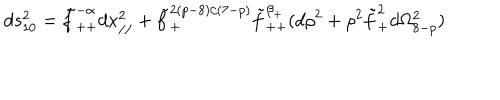
d s _ { 1 0 } ^ { 2 } = \tilde { f } _ { + + } ^ { - \alpha } d x _ { / / } ^ { 2 } + \tilde { f } _ { + } ^ { 2 ( p - 8 ) / ( 7 - p ) } \tilde { f } _ { + + } ^ { \beta _ { + } } ( d \rho ^ { 2 } + \rho ^ { 2 } \tilde { f } _ { + } ^ { 2 } d \Omega _ { 8 - p } ^ { 2 } )